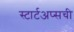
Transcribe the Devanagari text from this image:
स्टार्टअप्सची